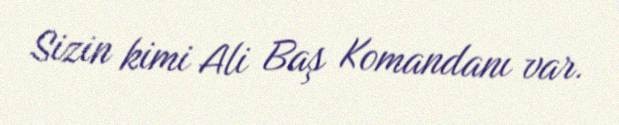
Sizin kimi Ali Baş Komandanı var.